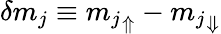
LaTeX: \delta m_{j}\equiv{m_{j}}_{\Uparrow}-{m_{j}}_{\Downarrow}